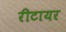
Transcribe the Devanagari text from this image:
रीटायर